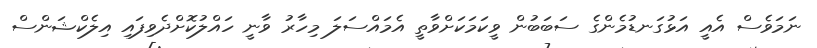
ނަމަވެސް އެއީ އަޅުގަނޑުމެންގެ ސަބަބުން ވީކަމަކަށްވާތީ އެމައްސަލަ މިހާރު ވާނީ ހައްލުކޮށްދެވިފައި އިލެކްޝަންސް